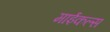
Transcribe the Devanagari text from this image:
माईकल्स